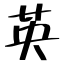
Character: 英